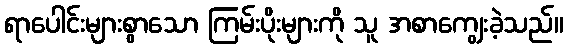
ရာပေါင်းများစွာသော ကြမ်းပိုးများကို သူ အစာကျွေးခဲ့သည်။